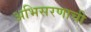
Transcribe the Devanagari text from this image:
अभिसरणाची